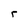
Character: r